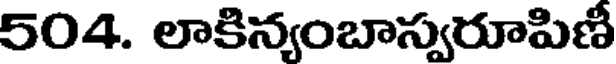
504. లాకిన్యంబాస్వరూపిణీ